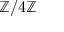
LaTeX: \mathbb { Z } / 4 \mathbb { Z }